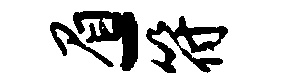
眉-符